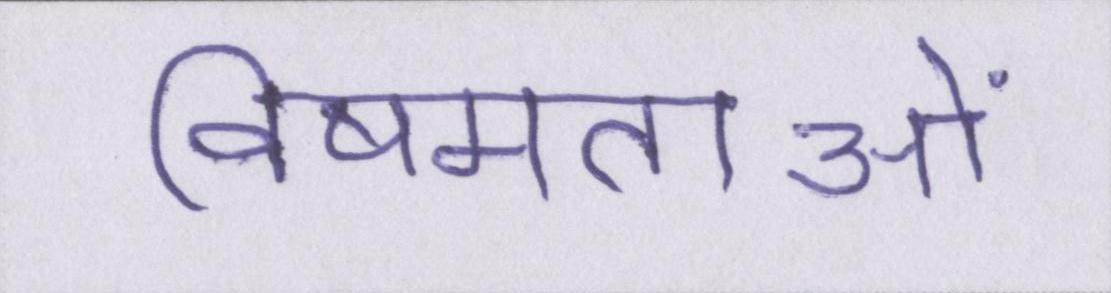
विषमताओं